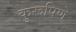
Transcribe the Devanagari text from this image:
कुरूपिणे